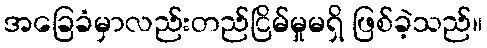
အခြေခံမှာလည်းတည်ငြိမ်မှုမရှိ ဖြစ်ခဲ့သည်။